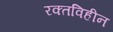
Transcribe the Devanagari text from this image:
रक्तविहीन